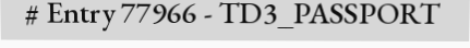
# Entry 77966 - TD3_PASSPORT